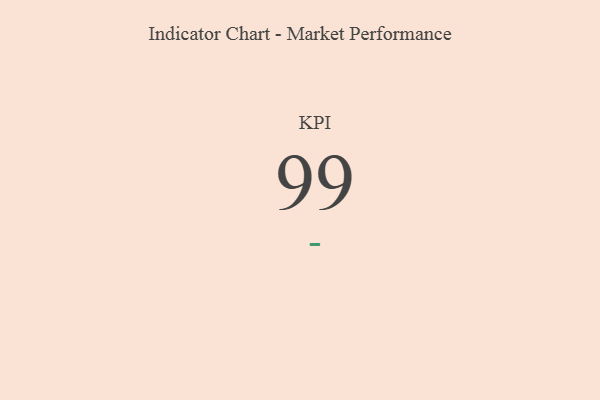
{"axis": {"x": "KPI", "y": "Value"}, "legend": [""], "data": [{"x": "KPI", "y": 99, "type": ""}]}